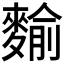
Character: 𪍍